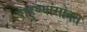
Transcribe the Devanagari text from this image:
पाहुण्यांसोबत